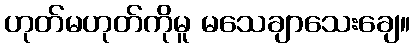
ဟုတ်မဟုတ်ကိုမူ မသေချာသေးချေ။